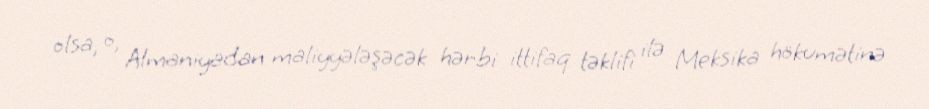
olsa, o, Almaniyadan maliyyələşəcək hərbi ittifaq təklifi ilə Meksika hökumətinə